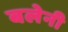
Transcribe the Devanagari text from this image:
बलेनी